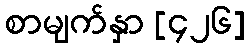
စာမျက်နှာ [၄၂၆]